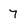
Character: 7